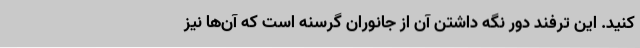
کنید. این ترفند دور نگه داشتن آن از جانوران گرسنه است که آن‌ها نیز